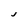
Character: J